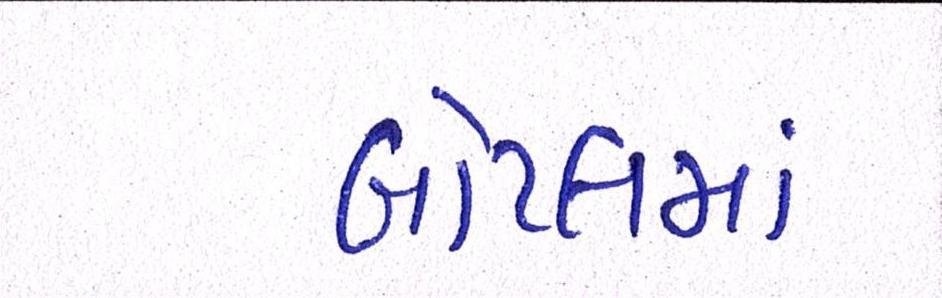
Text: બોટલમાં